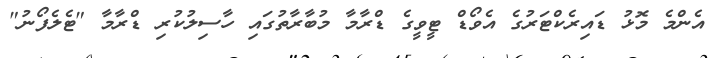
އެންމެ މޮޅު ޑައިރެކްޓަރުގެ އެވޯޑް ޓީވީގެ ޑްރާމާ މުބާރާތުގައި ހާސިލުކުރި ޑްރާމާ "ޓެލެފޯނު"